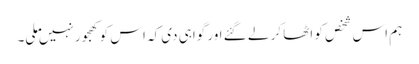
ہم اس شخص کو اٹھا کر لے گئے اور گواہی دی کہ اس کو کھجور نہیں ملی۔